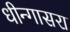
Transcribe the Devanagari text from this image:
धीन्गासरा